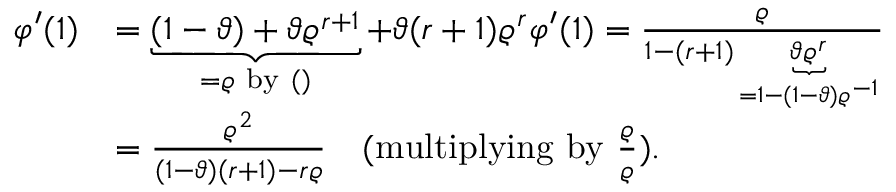
\begin{array} { r l } { \varphi ^ { \prime } ( 1 ) } & { = \underbrace { ( 1 - \vartheta ) + \vartheta \varrho ^ { r + 1 } } _ { = \varrho \mathrm { ~ b y ~ ( ) } } + \vartheta ( r + 1 ) \varrho ^ { r } \varphi ^ { \prime } ( 1 ) = \frac { \varrho } { 1 - ( r + 1 ) \underbrace { \vartheta \varrho ^ { r } } _ { = 1 - ( 1 - \vartheta ) \varrho ^ { - 1 } } } } \\ & { = \frac { \varrho ^ { 2 } } { ( 1 - \vartheta ) ( r + 1 ) - r \varrho } \quad ( \mathrm { m u l t i p l y i n g ~ b y ~ } \frac { \varrho } { \varrho } ) . } \end{array}